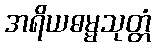
အရိယဓမ္မသုတ္တံ